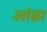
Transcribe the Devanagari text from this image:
आंब्रा